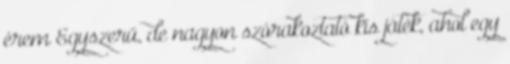
érem Egyszerű, de nagyon szórakoztató kis játék, ahol egy